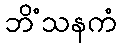
ဘိံသနကံ